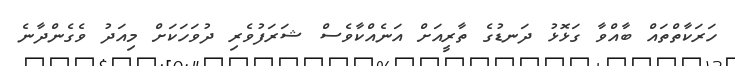
ހަރަކާތްތައް ބާއްވާ ގަޅޮޅު ދަނޑުގެ ތާރީއަށް އަނެއްކާވެސް ޝަރަފުވެރި ދުވަހަކަށް މިއަދު ވެގެންދާނެ